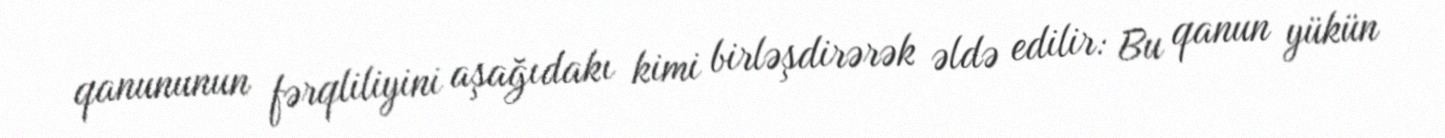
qanununun fərqliliyini aşağıdakı kimi birləşdirərək əldə edilir: Bu qanun yükün